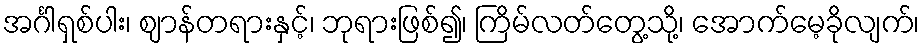
အင်္ဂါရှစ်ပါး၊ ဈာန်တရားနှင့်၊ ဘုရားဖြစ်၍၊ ကြိမ်လတ်တွေ့သို့၊ အောက်မေ့ခိုလျက်၊